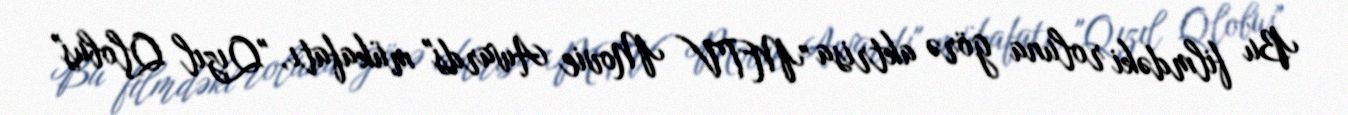
Bu filmdəki roluna görə aktrisa "MTV Movie Awards" mükafatı, "Qızıl Qlobus"